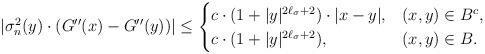
LaTeX: \begin{align*}&|\sigma_n^2(y)\cdot (G''(x)-G''(y))|\leq \begin{cases}c\cdot (1+|y|^{2\ell_\sigma+2})\cdot|x-y|, & (x,y)\in B^c, \\c\cdot (1+|y|^{2\ell_\sigma+2}),& (x,y)\in B.\end{cases}\end{align*}